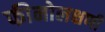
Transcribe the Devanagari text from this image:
फीनोलक्षणी